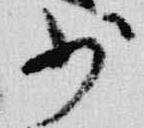
少